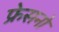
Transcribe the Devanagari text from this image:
फ्रेसनो